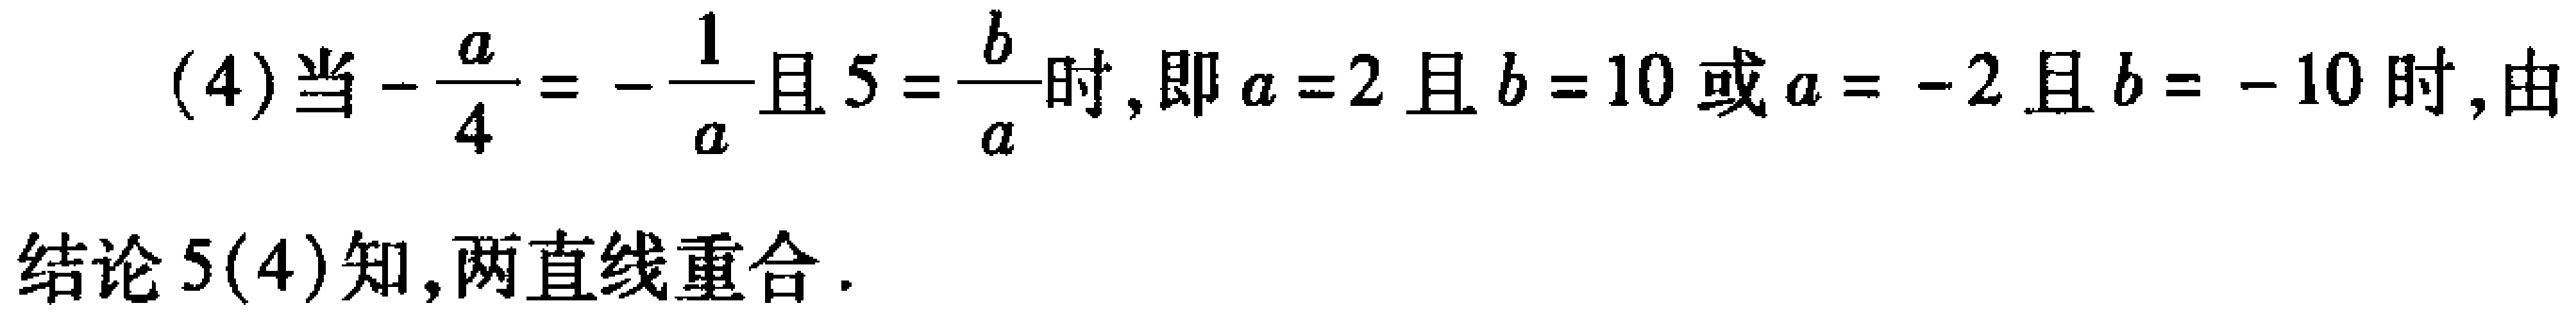
(4)当\(-\frac{a}{4}=-\frac{1}{a}\)且\(5 = \frac{b}{a}\)时，即\(a = 2\)且\(b = 10\)或\(a = -2\)且\(b = -10\)时，由
结论5(4)知，两直线重合.